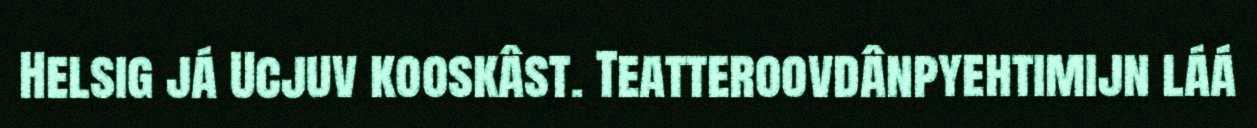
Helsig já Ucjuv kooskâst. Teatteroovdânpyehtimijn láá